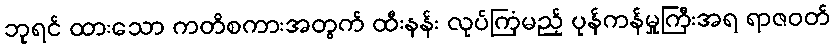
ဘုရင် ထားသော ကတိစကားအတွက် ထီးနန်း လုပ်ကြံမည့် ပုန်ကန်မှုကြီးအရ ရာဇဝတ်